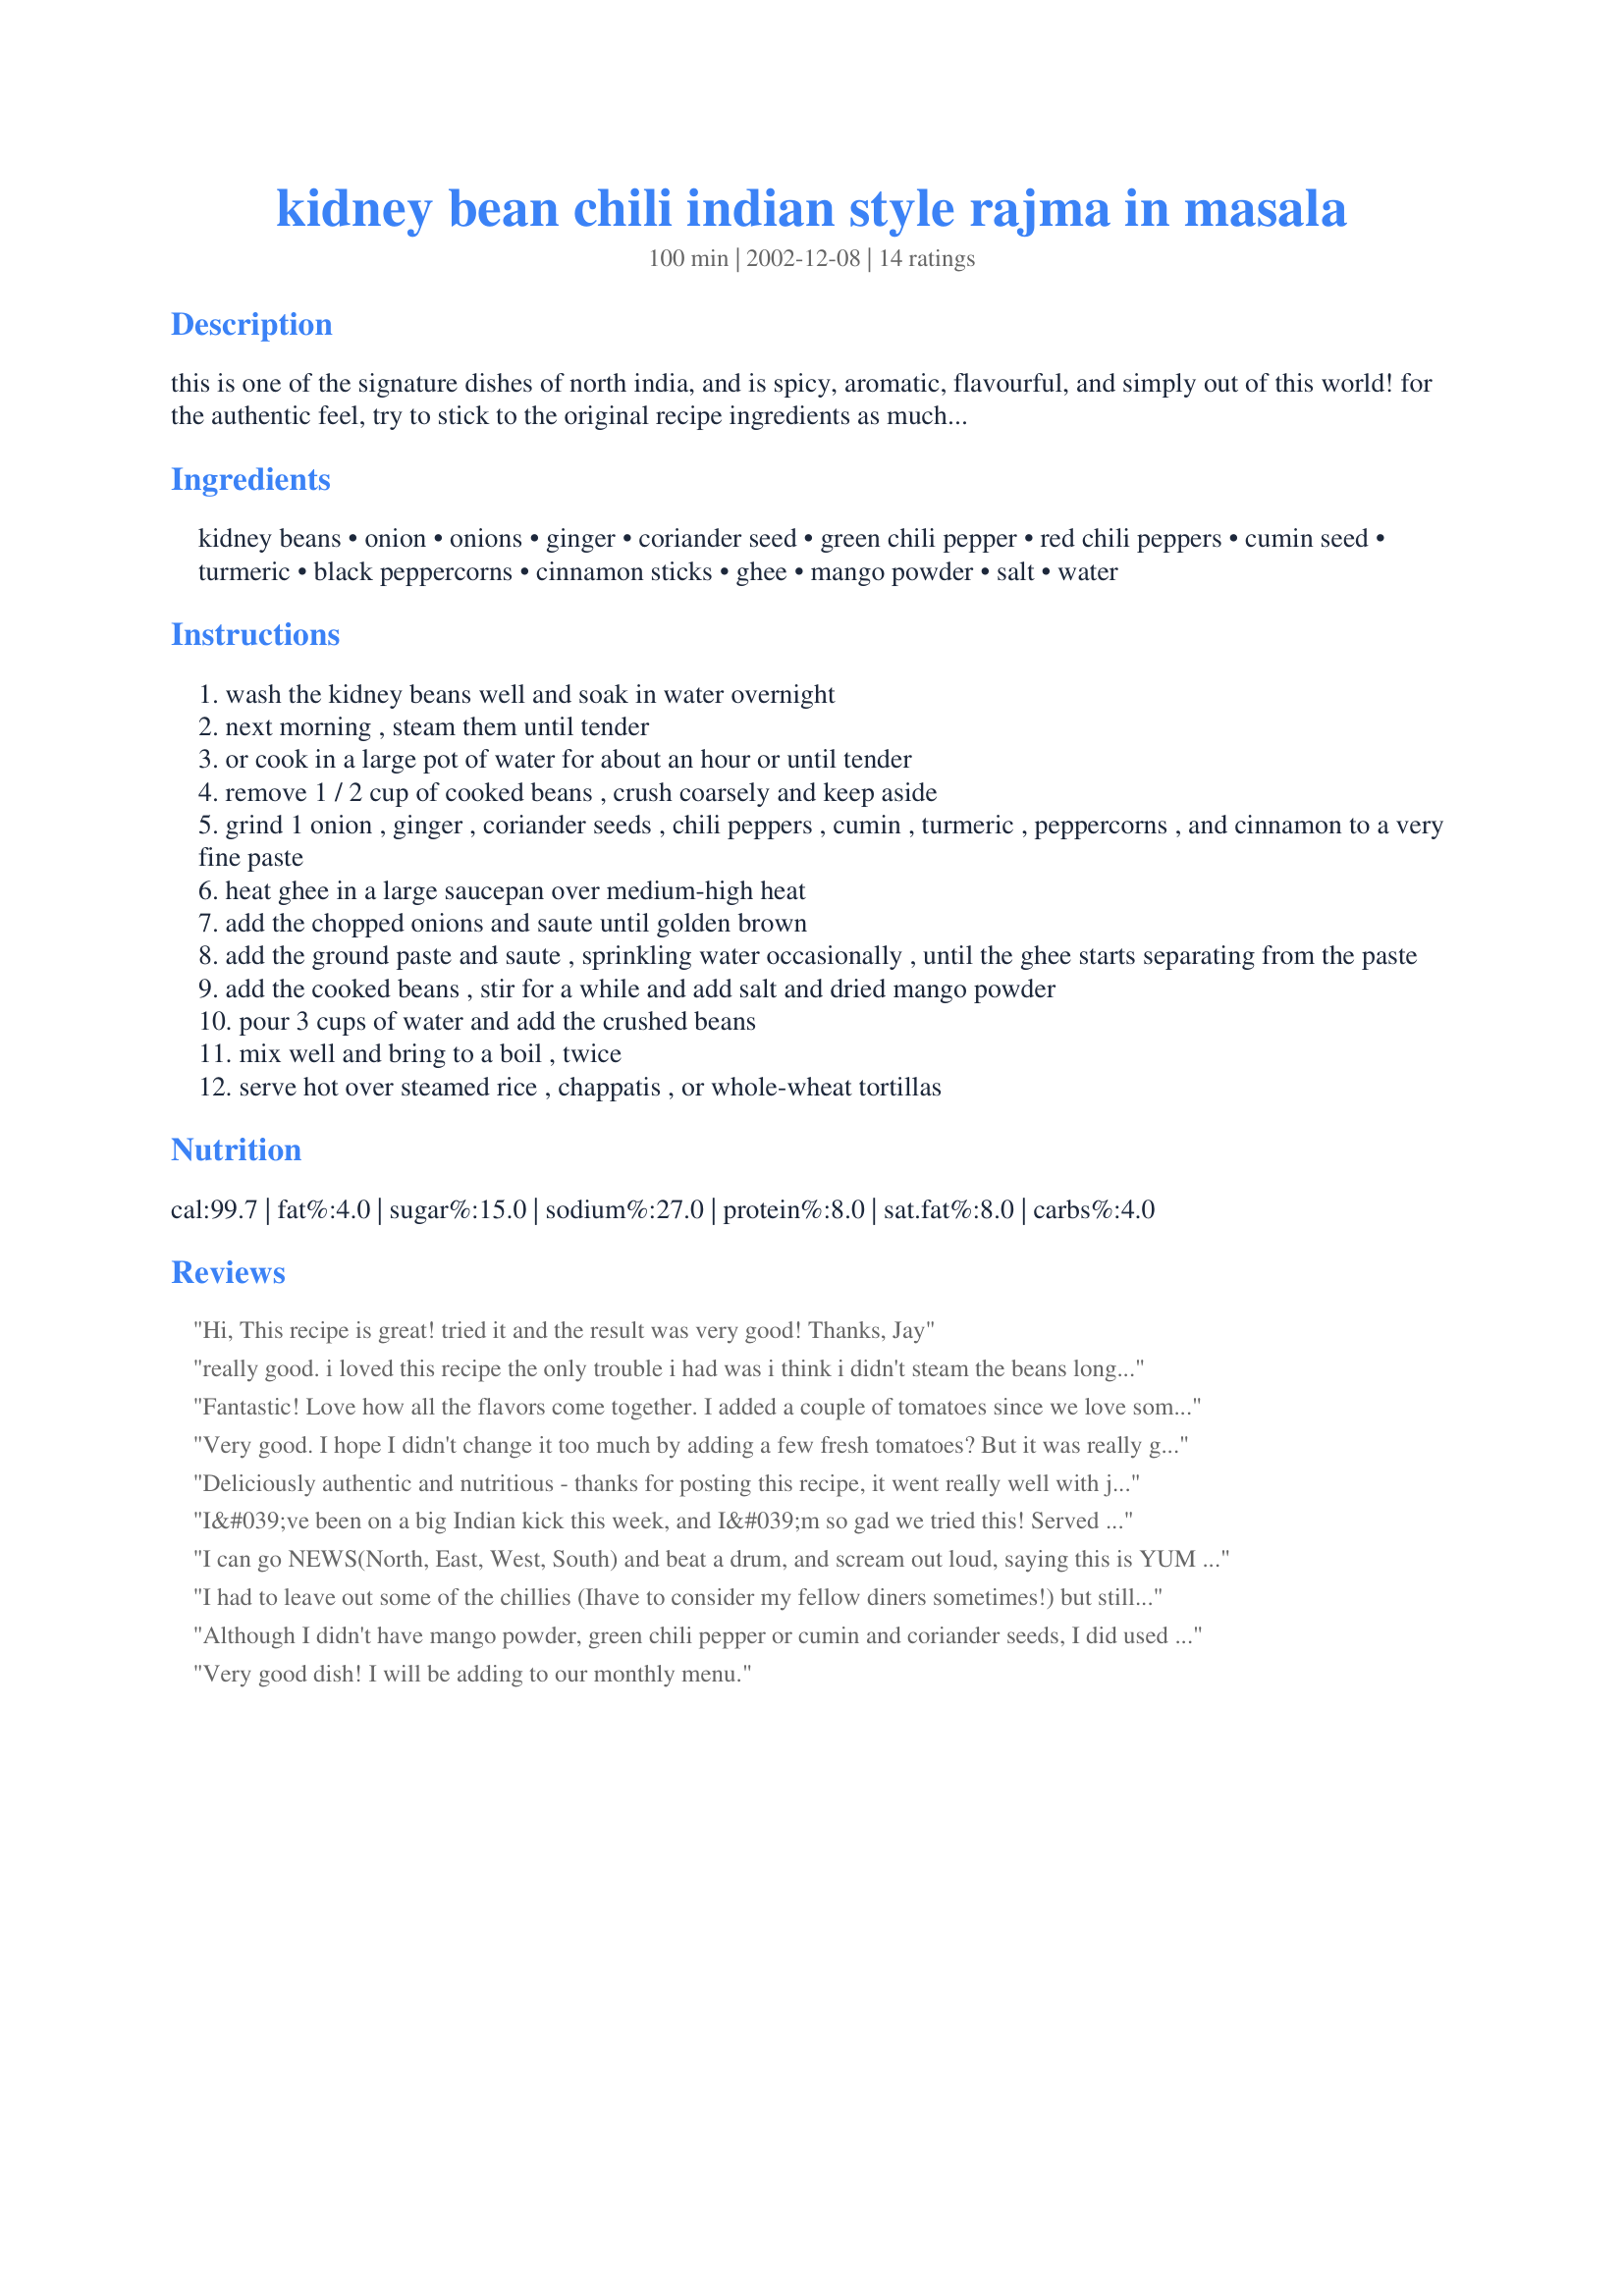
kidney bean chili indian style rajma in masala
Preparation time: 100 minutes

this is one of the signature dishes of north india, and is spicy, aromatic, flavourful, and simply out of this world! for the authentic feel, try to stick to the original recipe ingredients as much as possible, but you may also use suitable substitutes as mentioned. this is from

Ingredients:
kidney beans, onion, onions, ginger, coriander seed, green chili pepper, red chili peppers, cumin seed, turmeric, black peppercorns, cinnamon sticks, ghee, mango powder, salt, water

Steps:
wash the kidney beans well and soak in water overnight
next morning , steam them until tender
or cook in a large pot of water for about an hour or until tender
remove 1 / 2 cup of cooked beans , crush coarsely and keep aside
grind 1 onion , ginger , coriander seeds , chili peppers , cumin , turmeric , peppercorns , and cinnamon to a very fine paste
heat ghee in a large saucepan over medium-high heat
add the chopped onions and saute until golden brown
add the ground paste and saute , sprinkling water occasionally , until the ghee starts separating from the paste
add the cooked beans , stir for a while and add salt and dried mango powder
pour 3 cups of water and add the crushed beans
mix well and bring to a boil , twice
serve hot over steamed rice , chappatis , or whole-wheat tortillas

Reviews:
Hi,

This recipe is great! tried it and the result was very good!

Thanks,
Jay
really good. i loved this recipe the only trouble i had was i think i didn't steam the beans long enough, they were a little dry. next time i might try using canned beans to cut down on the cooking time. all in all a great recipe.
thanks
Fantastic! Love how all the flavors come together. I added a couple of tomatoes since we love some tang in our food. Other than that, I didn't change a thing.
Very good. I hope I didn't change it too much by adding a few fresh tomatoes? But it was really good.
Deliciously authentic and nutritious - thanks for posting this recipe, it went really well with jasmine rice!
I&#039;ve been on a big Indian kick this week, and I&#039;m so gad we tried this! Served with rice, I will have to double the recipe next time to accommodate three kids and DH!
I can go NEWS(North, East, West, South) and beat a drum, and scream out loud, saying this is YUM YUM YUM! Seriously! I mean every word here.
I made this for lunch yesterday since it was my BF's birthday(he's not here, but, my folks caught me to cook a recipe by you coz we love your recipes), and, I ended up serving this and having this for lunch and for dinner. Mom, dad and me loved it, and it's a fantastic recipe. I served this with bread(for myself), rotis(for mom and dad)and I had some with rice too topped with a dollop of chilled yogurt!! Absolutely rajma heaven and you know, I LOVE RAJMA, and so does my BF! So, you can be sure I'll be cooking this alot after I get married:)
Had you to eat the rajma our cook makes, GOD BLESS YOU! You would love it allright, if you love oily food(your recipes tell me you dont and I'm so glad you post at Zaar) but, your fingers would be dripping with oil. Thank GOD you posted this, Anu, you know, I love you from the bottom of my soul for this. This will be a regular on our table if and when I'm cooking. Oh, and our cook has suddenly decided I'm not such a dummy at cooking as he thought I was. YAY! :-)
THANK U, Anu! It's all because of U!
I had to leave out some of the chillies (Ihave to consider my fellow diners sometimes!) but still very tasty. otherwise. I kept to the stated ingredients and really liked the contrasting textures of the whole and mashed beans. Comfort food!
Although I didn't have mango powder, green chili pepper or cumin and coriander seeds, I did used cumin and coriander powder. And since I don't love hot peppers as he did, I only used three. It turned out TERRIFIC! Husband Jeff loved it and wants it added to my list of "serve often' meals at home.
Very good dish! I will be adding to our monthly menu.
One of the best beans I have ever had!
P.S. For the crazy spicy people using habaneros instead of jalape&ntilde;os its loads more spicy!
I never post recipe reviews-ever! Except for this dish, which is hands down my new favorite. It went together quickly, tasted so good I practically licked the pan. My daughter and I were fighting over who would get the leftovers for lunch. Only thing I might do differently is add a little less water next time-2 cups instead of three. Honestly, you all have got to try this!!! Thank you Anu for the recipe.
This was really good! I didn't miss the meat at all! I didn't have mango powder... in fact, I don't know where to find that, but I'm sure that would have really added to it.
this was good - made as stated except i added some fatfree yogurt to it. had it over rice.
